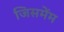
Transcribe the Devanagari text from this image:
जिसमेंम